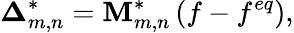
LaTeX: {\boldsymbol{\Delta}}_{m,n}^{*}={\mathbf{M}}_{m,n}^{*}\left({f-{f^{eq}}}\right),